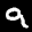
Label: 9